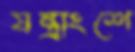
যন্ত্রাংশে